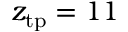
z _ { \mathrm { t p } } = 1 1